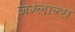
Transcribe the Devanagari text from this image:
जग्लान्स